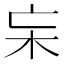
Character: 杗